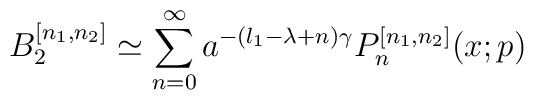
B_2^{[n_1,n_2]} \simeq \sum^{\infty}_{n=0} a^{-(l_1-\lambda+n)\gamma}P_n^{[n_1,n_2]}(x;p)